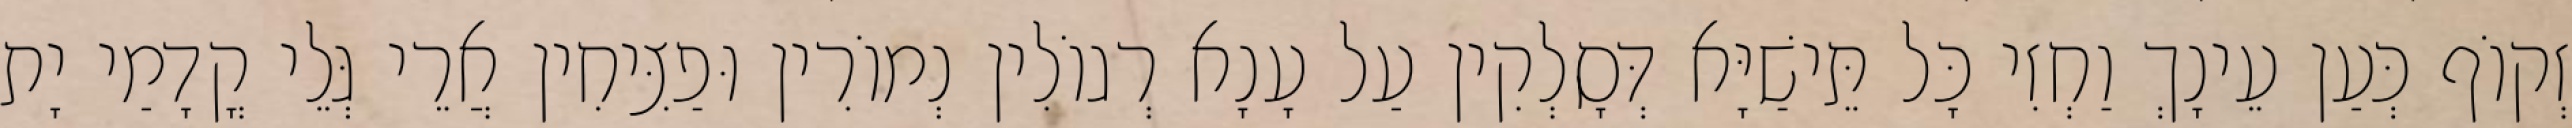
זְקוֹף כְּעַן עֵינָךְ וַחְזִי כָּל תֵּישַׁיָּא דְּסָלְקִין עַל עָנָא רְגוֹלִין נְמוֹרִין וּפַצִּיחִין אֲרֵי גְּלֵי קֳדָמַי יָת